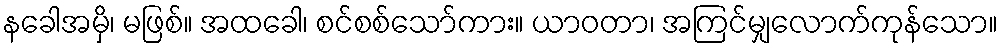
နခေါအမှိ၊ မဖြစ်။ အထခေါ၊ စင်စစ်သော်ကား။ ယာဝတာ၊ အကြင်မျှလောက်ကုန်သော။